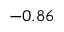
- 0 . 8 6